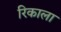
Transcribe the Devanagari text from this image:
रिकाला